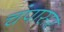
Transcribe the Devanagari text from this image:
चंपासर